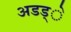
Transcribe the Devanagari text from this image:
अडड्े